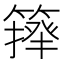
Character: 𥲷